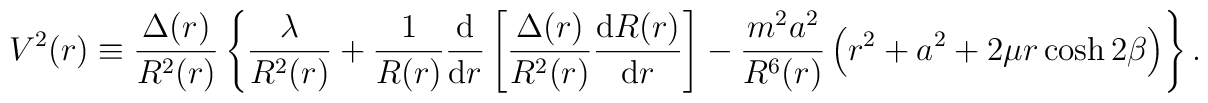
V^2(r) \equiv {\Delta (r) \over R^2 (r) }\left\{ \frac{\lambda}{R^2(r)} + \frac{1}{R(r)} \frac{\mbox{d}}{\mbox{d} r} \left[ \frac{\Delta(r)}{R^2(r)} \frac{\mbox{d} R(r)}{\mbox{d} r}\right]- \frac{m^2 a^2}{R^6(r)} \left( r^2 + a^2 + 2 \mu r \cosh 2\beta \right)\right\} .